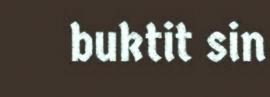
buktit sin